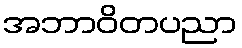
အဘာဝိတပညာ